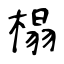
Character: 榻